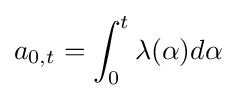
a_{0,t}=\int _{0}^{t}\lambda (\alpha )d\alpha